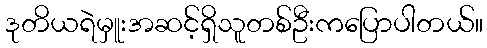
ဒုတိယရဲမှူးအဆင့်ရှိသူတစ်ဦးကပြောပါတယ်။